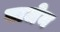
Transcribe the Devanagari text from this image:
वाजेन